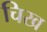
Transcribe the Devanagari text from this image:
चिख